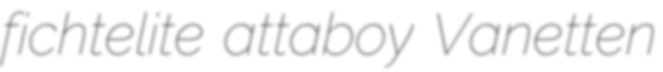
fichtelite attaboy Vanetten